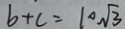
b + c = 1 0 \sqrt { 3 }